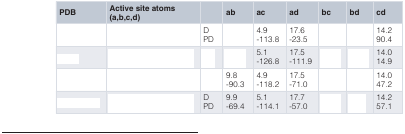
<table><thead><tr><td><b>PDB</b></td><td><b>Active site atoms(a,b,c,d)</b></td><td>[EMPTY_CELL]</td><td><b>ab</b></td><td><b>ac</b></td><td><b>ad</b></td><td><b>bc</b></td><td><b>bd</b></td><td><b>cd</b></td></tr></thead><tbody><tr><td>[EMPTY_CELL]</td><td>[EMPTY_CELL]</td><td>DPD</td><td>[EMPTY_CELL]</td><td>4.9-113.8</td><td>17.6-23.5</td><td>[EMPTY_CELL]</td><td>[EMPTY_CELL]</td><td>14.290.4</td></tr><tr><td>[EMPTY_CELL]</td><td>[EMPTY_CELL]</td><td>[EMPTY_CELL]</td><td>[EMPTY_CELL]</td><td>5.1-126.8</td><td>17.5-111.9</td><td>[EMPTY_CELL]</td><td>[EMPTY_CELL]</td><td>14.014.9</td></tr><tr><td>[EMPTY_CELL]</td><td>[EMPTY_CELL]</td><td>[EMPTY_CELL]</td><td>9.8-90.3</td><td>4.9-118.2</td><td>17.5-71.0</td><td>[EMPTY_CELL]</td><td>[EMPTY_CELL]</td><td>14.047.2</td></tr><tr><td>[EMPTY_CELL]</td><td>[EMPTY_CELL]</td><td>DPD</td><td>9.9-69.4</td><td>5.1-114.1</td><td>17.7-57.0</td><td>[EMPTY_CELL]</td><td>[EMPTY_CELL]</td><td>14.257.1</td></tr></tbody></table>